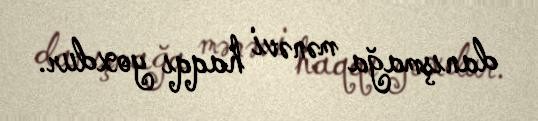
danışmağa mənəvi haqqı yoxdur.